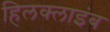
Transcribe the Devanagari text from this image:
हिलक्‍लाइंब